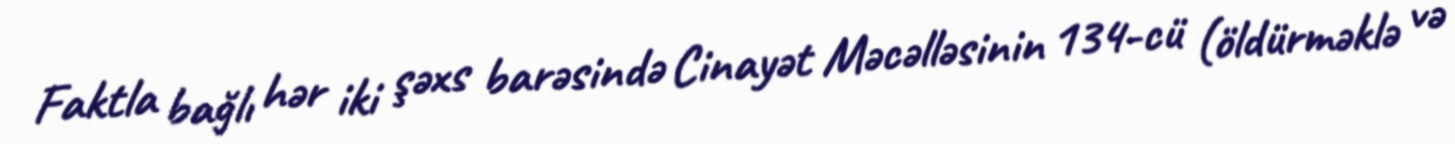
Faktla bağlı hər iki şəxs barəsində Cinayət Məcəlləsinin 134-cü (öldürməklə və